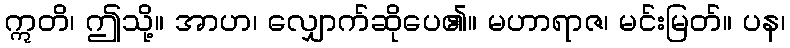
ဣတိ၊ ဤသို့။ အာဟ၊ လျှောက်ဆိုပေ၏။ မဟာရာဇ၊ မင်းမြတ်။ ပန၊